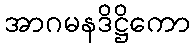
အာဂမနဒိဋ္ဌိကော